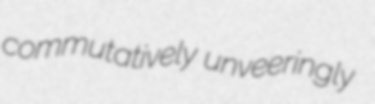
commutatively unveeringly